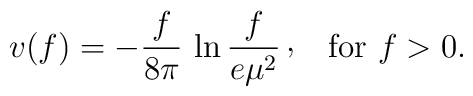
v(f)=-{f\over 8\pi}\,\ln {f\over e\mu ^{2}}\, \raise 2pt\hbox{,}\quad {\rm for}\ f>0.